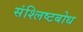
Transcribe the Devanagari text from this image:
संश्लिष्टबोध